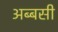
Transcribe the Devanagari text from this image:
अब्बसी